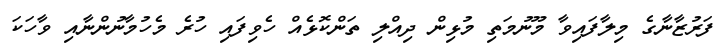
ފަރުޒާނާގެ މިލާފައިވާ މޫނުމަތި މުޅިން ދިއްލި ތަންކޮޅެއް ހެވިފައި ހުރެ މެހުމާނުންނާއި ވާހަކަ